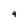
Character: 9